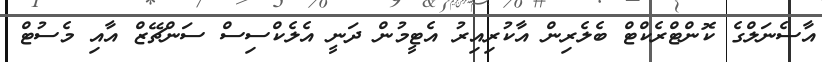
އާސެނަލްގެ ކޮންޓްރެކްޓް ބެލެރިން އާކުރިއިރު އެޓީމުން ދަނީ އެލެކްސިސް ސަންޗޭޒް އާއި މެސުޓް